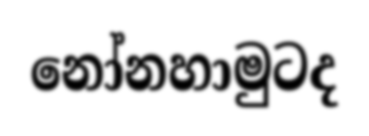
නෝනහාමුටද